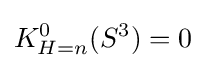
K_{H=n}^{0}(S^{3})=0